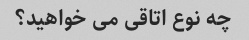
چه نوع اتاقی می خواهید؟